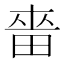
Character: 𰣋